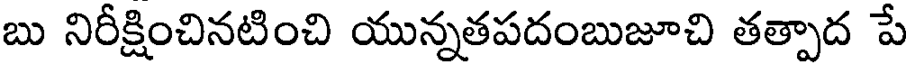
బు నిరీక్షించినటించి యున్నతపదంబుజూచి తత్పాద పే